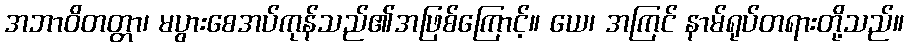
အဘာဝိတတ္တာ၊ မပွားစေအပ်ကုန်သည်၏အဖြစ်ကြောင့်။ ယေ၊ အကြင် နာမ်ရုပ်တရားတို့သည်။